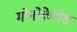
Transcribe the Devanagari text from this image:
मोनोकेरोस